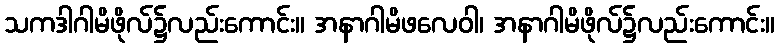
သကဒါဂါမိဖိုလ်၌လည်းကောင်း။ အနာဂါမိဖလေဝါ၊ အနာဂါမိဖိုလ်၌လည်းကောင်း။